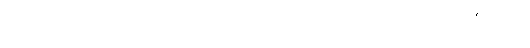
ဝါ၊ ခွင်သည်လည်း။ ပက္ခပါဒေါ ဝါ၊ ဆွံ့သော ခြေရှိသည်လည်းကောင်း။ ဟောတိ၊ ဖြစ်၏။ သော၊